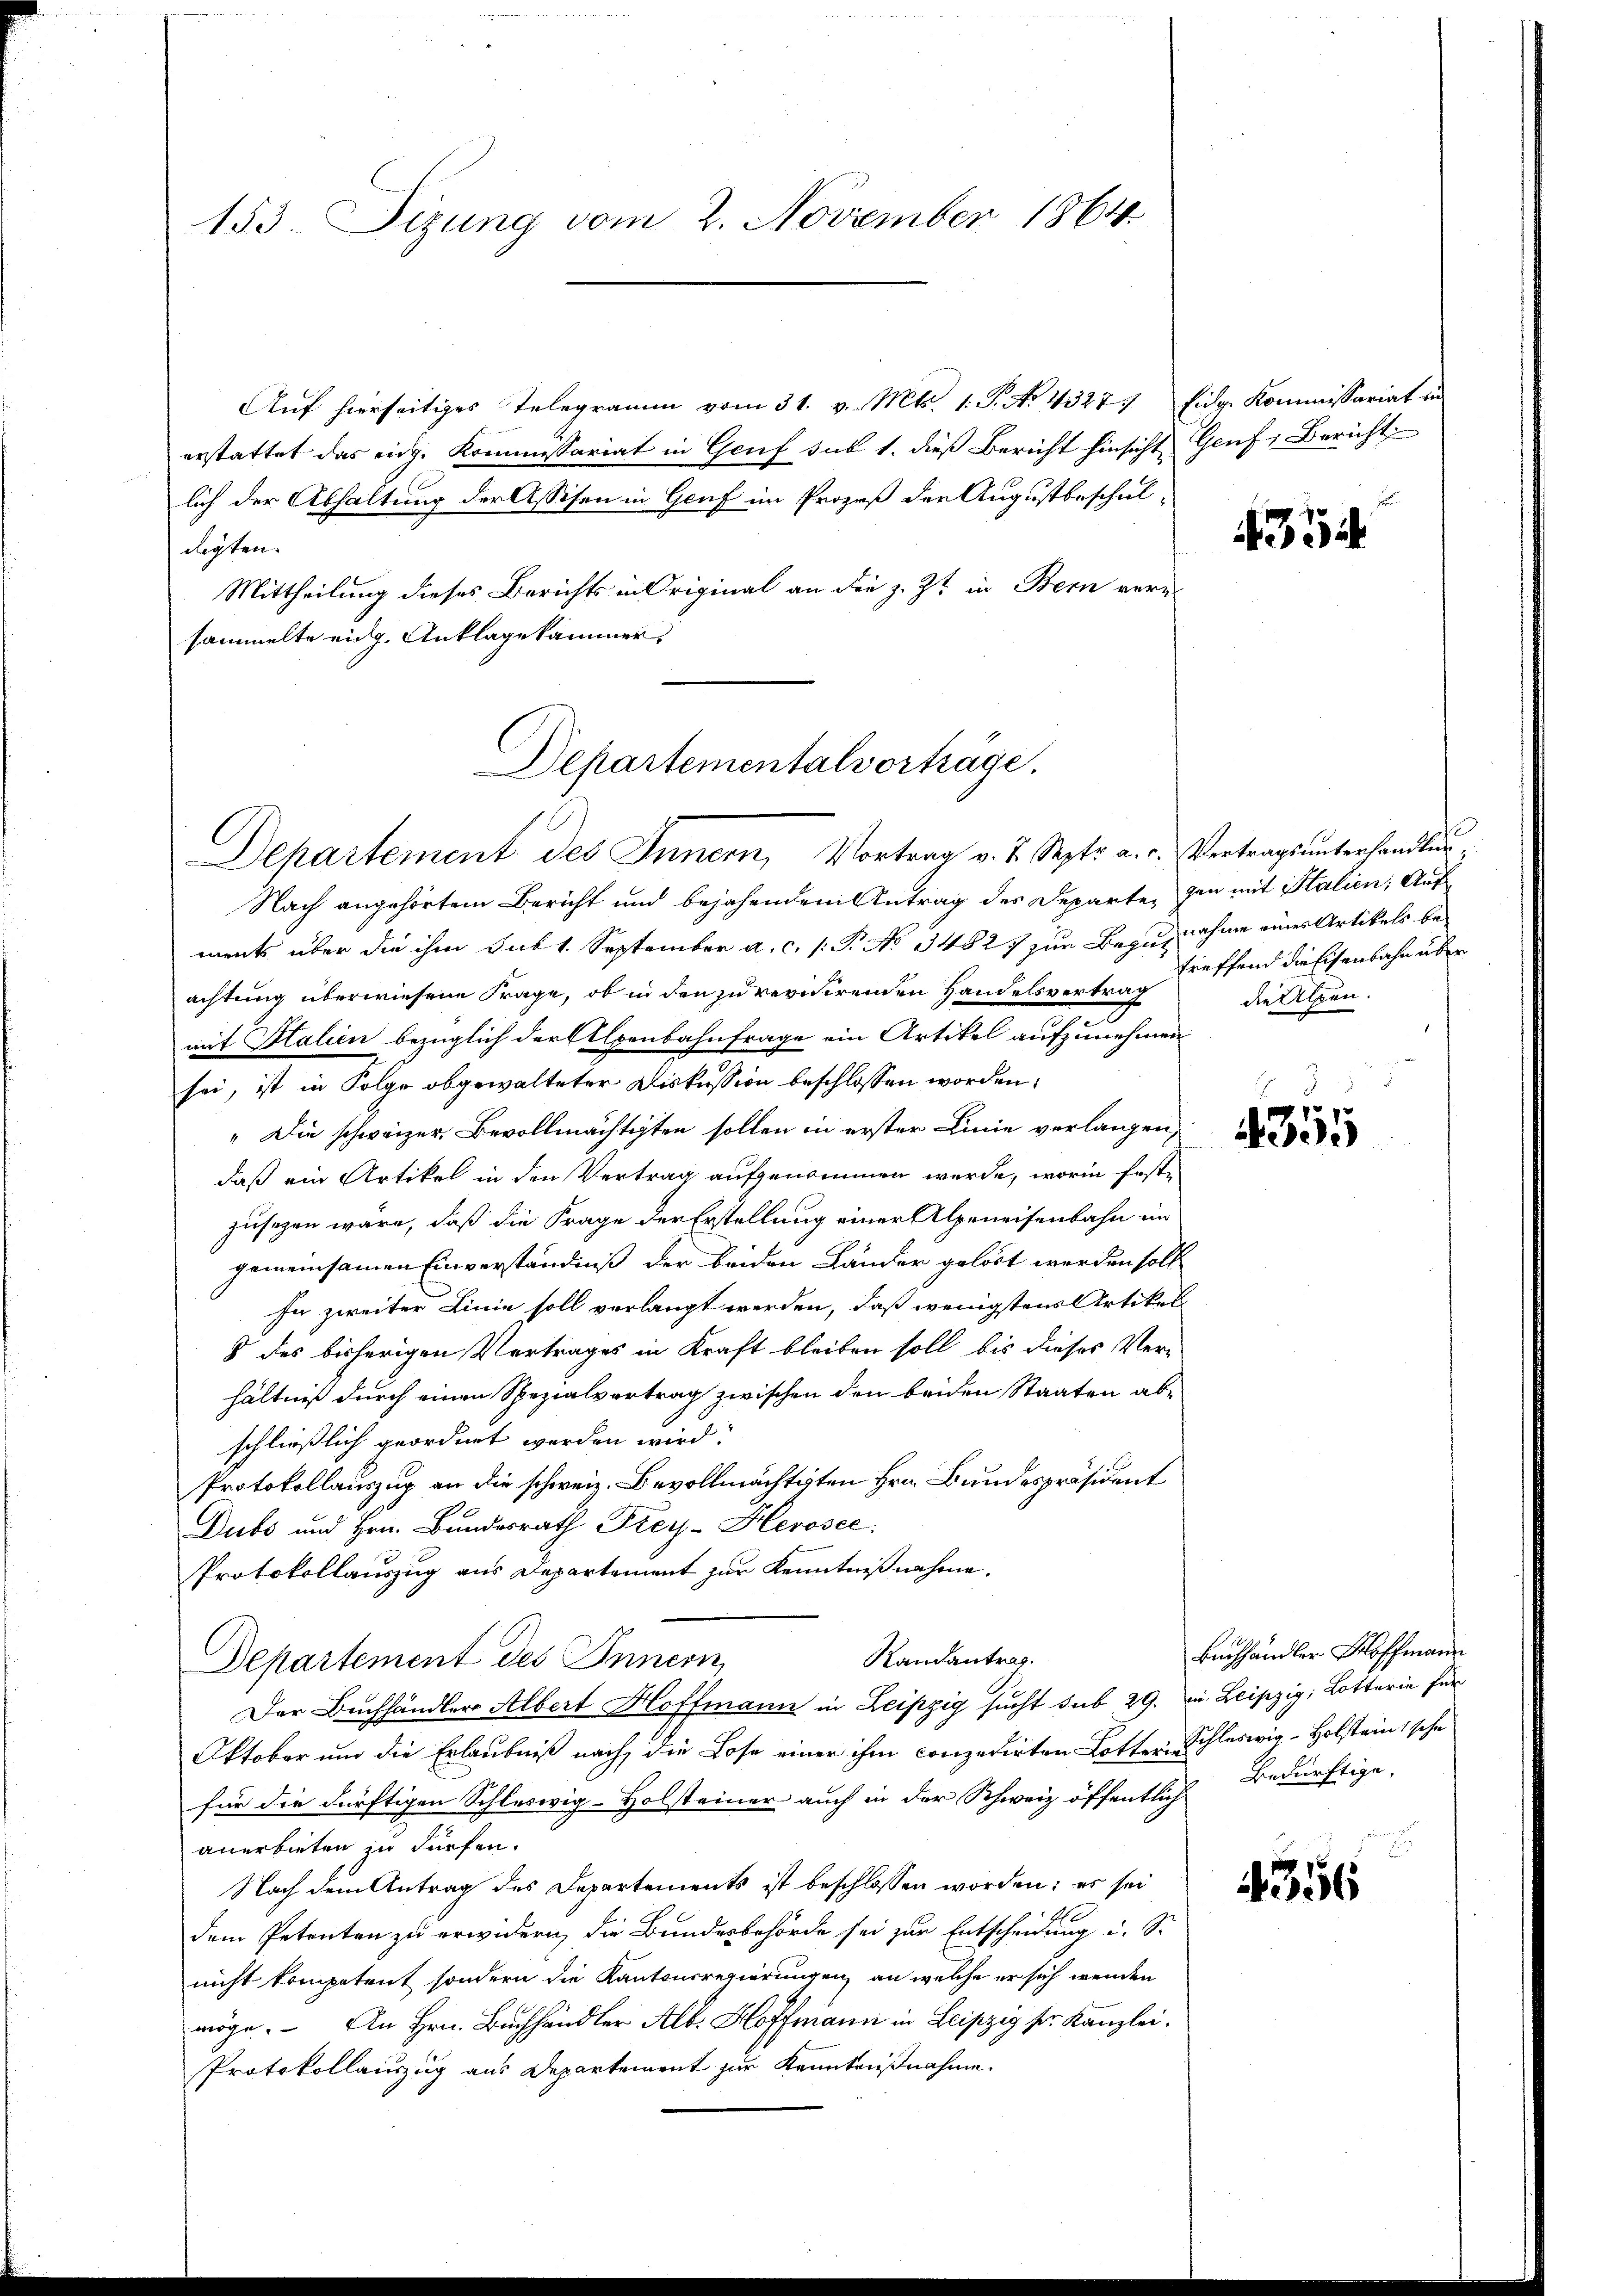
153. Sizung vom 2. November 1864

Auf hierseitiges Telegramm vom 31. v. Mts. 1. P. No 4327. Eidg. Kommissariat in
erstattet das eidg. Kommissariat in Genf sub 1. dieß Bericht hinsicht Genf, Bericht
lich der Abhaltung der Assisen in Genf im Prozeß der Augustbeschuldigten.
Mittheilung dieses Berichts in Original an die z. Zt. in Bern veru
sammelte eidg. Anklagekammer,

Departementalvorträge.

Nach angehörtem Bericht und bejahenden Antrag des Departe, den mit Stalien; Aufments über die ihm sub 1. September a. c. (: P. No 34827 zur Bezugnahme eines Artikels beachtung überwiesene Frage, ob in den zu revidirenden Handelsvertrag
.
mit Halien bezüglich der Alpenbahnfrage ein Artikel aufzunehmen
sei, ist in Folge abgewalteter Diskussion beschlossen worden:
"Die schweizer Bevollmächtigten sollen in erster Linie verlangen,
daß ein Artikel in den Vertrag aufgenommen werde, worin festzusehen wäre, daß die Frage der Erstellung einer Alpeneisenbahn im
gemeinsamen Einverständniß der beiden Länder gelöst werden soll
In zweiter Linie soll verlangt werden, daß wenigstens Artikel
8 des bisherigen Vertrages in Kraft bleiben soll bis dieses Verhältniß durch einen Spezialvertrag zwischen den beiden Staaten abe
schließlich geordnet werden wird.
Protokollauszug an die schweiz. Bevollmächtigten Hrn. Bundespräsident
Dubs und Hrn. Bundesrath Frey-Herosee.
Protokollauszug aus Departement zur Kenntnißnahme.
Randantrag.
Departement des Innern,
Der Buchhändler Albert Hoffmann in Leipzig sucht sub 29. Die Leipzig, Lotterie für
Oktober um die Erlaubniß nach, die Lose einer ihm conzedirten Lotter, Schleswig-Holstein, sehe
für die dürftigen Schleswig-Holsteiner auch in der Schweiz öffentlich
anerbieten zu dürfen.
Nach dem Antrag des Departements ist beschlossen worden; es sei
dem Petenten zu erwidern, die Bundesbehörde sei zur Entscheidung u. S.
nicht kompetent sondern die Kantonsregierungen, an welche er sich wenden
möge. An Hrn. Buchhändler Alb. Hoffmann in Leipzig sr. Kanzlei.
Protokollauszug aus Departement zur Kenntnißnahme.

Departement des Innern, Vortrag v. J. Sept. a. c. Vertragsunterhandlun¬

4354

treffend die Eisenbahn über
die Alpen.

4355

Buchhändler Hoffmann
Bedürftige.

4356